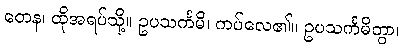
တေန၊ ထိုအရပ်သို့။ ဥပသင်္ကမိ၊ ကပ်လေ၏။ ဥပသင်္ကမိတွာ၊